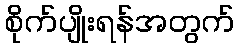
စိုက်ပျိုးရန်အတွက်